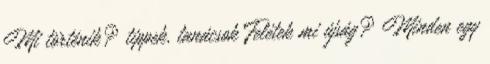
Mi történik? tippek, tanácsok Felétek mi újság? Minden egy